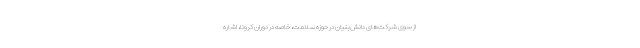
از سوی شرکت‌های دانش‌بنیان در حوزه سلامت، خاصه در دوران کرونا، اشاره